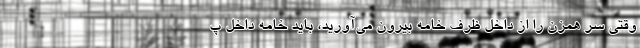
وقتی سر همزن را از داخل ظرف خامه بیرون می‌آورید، باید خامه داخل پ